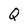
Character: Q